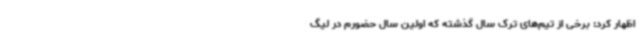
اظهار کرد: برخی از تیم‌های ترک سال گذشته که اولین سال حضورم در لیگ